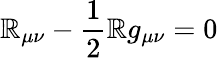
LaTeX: \mathbb{R}_{\mu\nu}-\frac{{1}}{{2}}\mathbb{R}g_{\mu\nu}=0